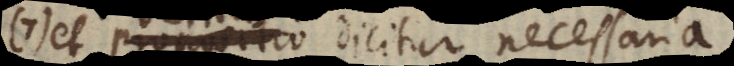
7) et proportio dicitur necessaria,